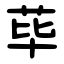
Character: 荜